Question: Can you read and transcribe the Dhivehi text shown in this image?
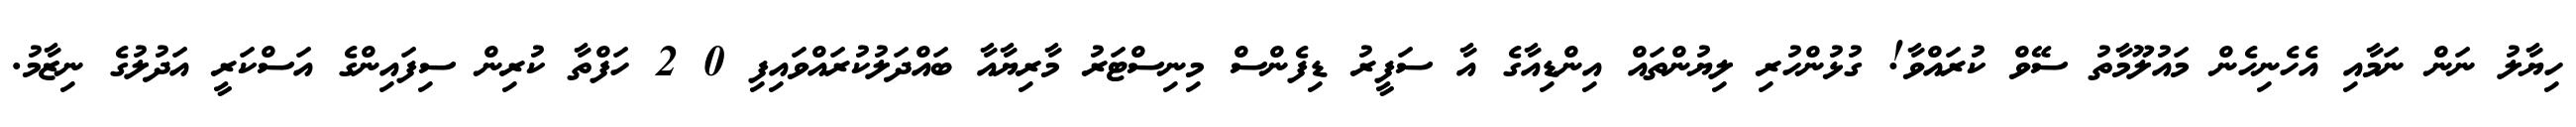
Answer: ހިޔާލު ނަން ނަމާއި އެހެނިހެން މައުލޫމާތު ސޭވް ކުރައްވާ! ގުޅުންހުރި ލިޔުންތައް އިންޑިއާގެ އާ ސަފީރު ޑިފެންސް މިނިސްޓަރު މާރިޔާއާ ބައްދަލުކުރައްވައިފި 0 2 ހަފްތާ ކުރިން ސިފައިންގެ އަސްކަރީ އަދުލުގެ ނިޒާމު.